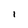
Character: i